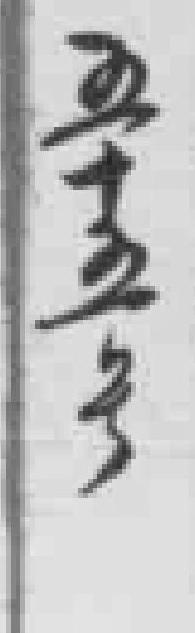
五十五号